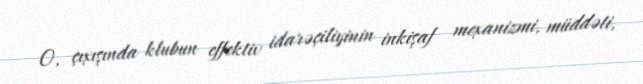
O, çıxışında klubun effektiv idarəçiliyinin inkişaf mexanizmi, müddəti,